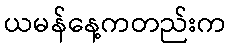
ယမန်နေ့ကတည်းက